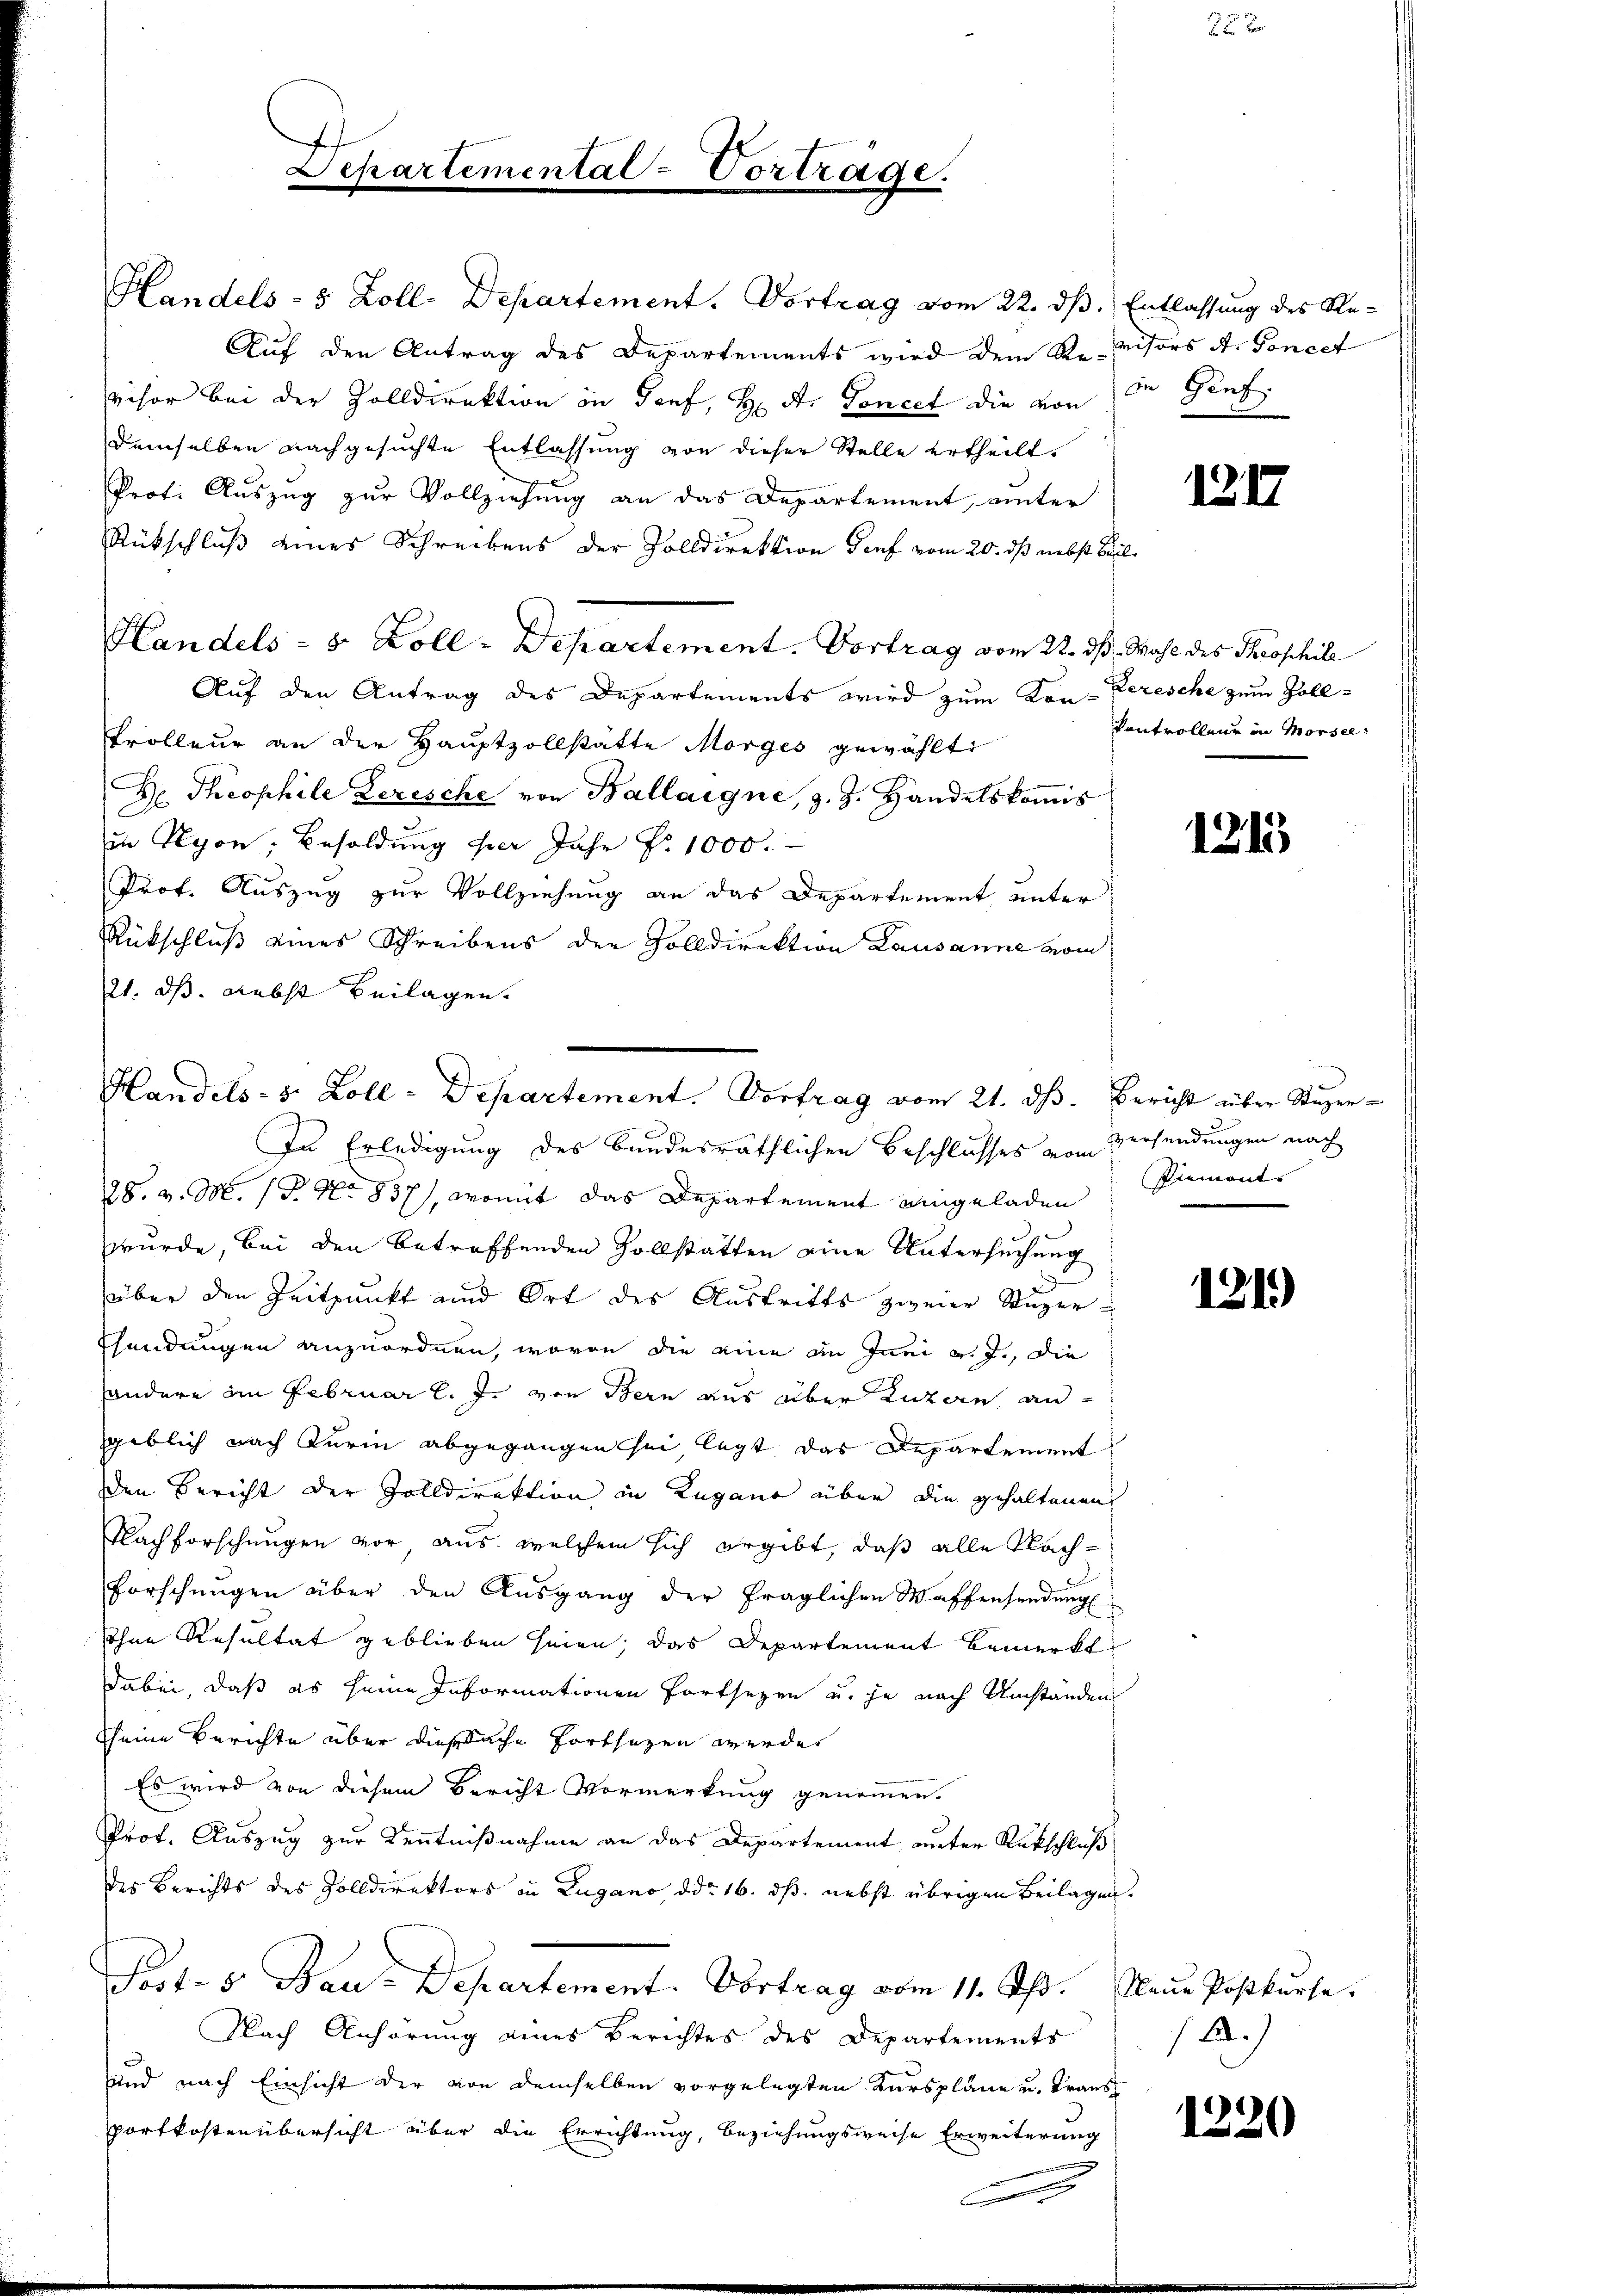
Departemental-Vorträge.

Handels- u. Zoll - Departement. Vortrag vom 21. dß. Bericht über Super¬
.

Handels- 5 Zoll-Departement. Vortrag vom 22. ds. Entlassung des Re¬
Auf den Antrag des Departements wird dem Revisors A. Gonect
visor bei der Zolldirektion in Genf, H. A. Voncet die von in Genf
demselben nachgesuchte Entlassung von dieser Stelle ertheilt.
Prof. Auszug zur Vollziehung an das Departement, unter
Rückschluß eines Schreibens der Zolldirektion dorf vom 20. ds nebst Beil
Handels- & Zoll-Departement. Vortrag vom 22. ds. Wahl des Throschile
Auf den Antrag des Departements wird zum Kon-Perische zum Zoll¬
Trolleur an der Hauptzollstätte Morges gewählt:
De Theophile Lerische von Ballaigne, z. Z. Handelskoṁis
in Nyon, Besoldung per Jahr No 1000.
Prof. Auszug zur Vollziehung an das Departement unter
Rückschluß eines Schreibens der Zolldirektion Lausanne vom
21. ds. nebst Beilagen.
In Erledigung des bundesräthlichen Beschlusses vom Versendungen nach
28. v. M. 18. No 837), womit das Departement eingeladen
wurde, bei den betroffenden Zollstätten eine Untersuchung
über den Zeitpunkt und Ort des Austritts zweier Stuzer
Esendungen anzuordnen, wovon die eine an Inni v. J., die
sondere im Februar l. J. von Bern aus über Luzern, an
geblich nach Turin abgegangen sei, legt das Departement
den Bericht der Zolldirektion in Lugano über die gehaltenen
Nachforschungen vor, aus welchem sich ergibt, daß alle Nach¬
Forschungen über den Ausgang der fraglichen Waffensendung
sohne Resultat geblieben seien; das Departement bemerkt
dabei, daß es seine Informationen Fortsezen u. je nach Umstanden
Scheine Berichte über diesbache Fortsetzen werde
Es wird von diesem Bericht Vormerkung genommen.
Prof. Auszug zur Kenntnißnahme an das Departement, unter Rückschluß
des Berichts des Zolldirektors in Zugano, ddo 16. dß. nebst übrigen Beilagen
Port. 5. Bau-Departement. Vortrag vom 11. Ist. Neue Postkurse.
Flach Anhörung eines Berichtes des Departements
uund nach Einsicht der von demselben vorgelegten Kurspläne u. Trans
portkostenübersicht über die Errichtung, beziehungsweise Erweiterung

E

1217

Kontrolleur in Morsee,

1215

Piemont. |

121)

12.)

1330